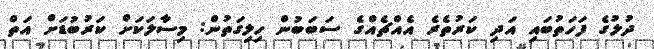
ދުލުގެ ފަހަތުބައި އަދި ކަރުތެރެ އެއްޗެއްގެ ސަބަބުން ހިލިގަތުން: މިސާލަކަށް ކަރުބުޑަށް އަތް